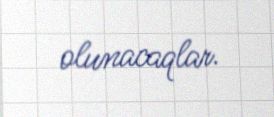
olunacaqlar.